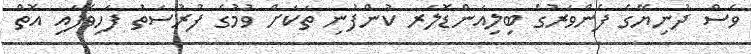
ވެސް ދުނިޔޭގެ ފެންވަރުގެ ބިލިއަންޑޮލަރ ކުންފުނި ތަކަށް ވުމުގެ ފުރުސަތު ފަހިވެފައި އޮތް